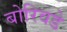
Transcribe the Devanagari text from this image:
बोरिवडे